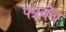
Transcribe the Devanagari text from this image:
फ्प्रबंध